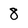
Character: 8